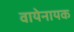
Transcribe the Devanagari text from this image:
वायेनायक